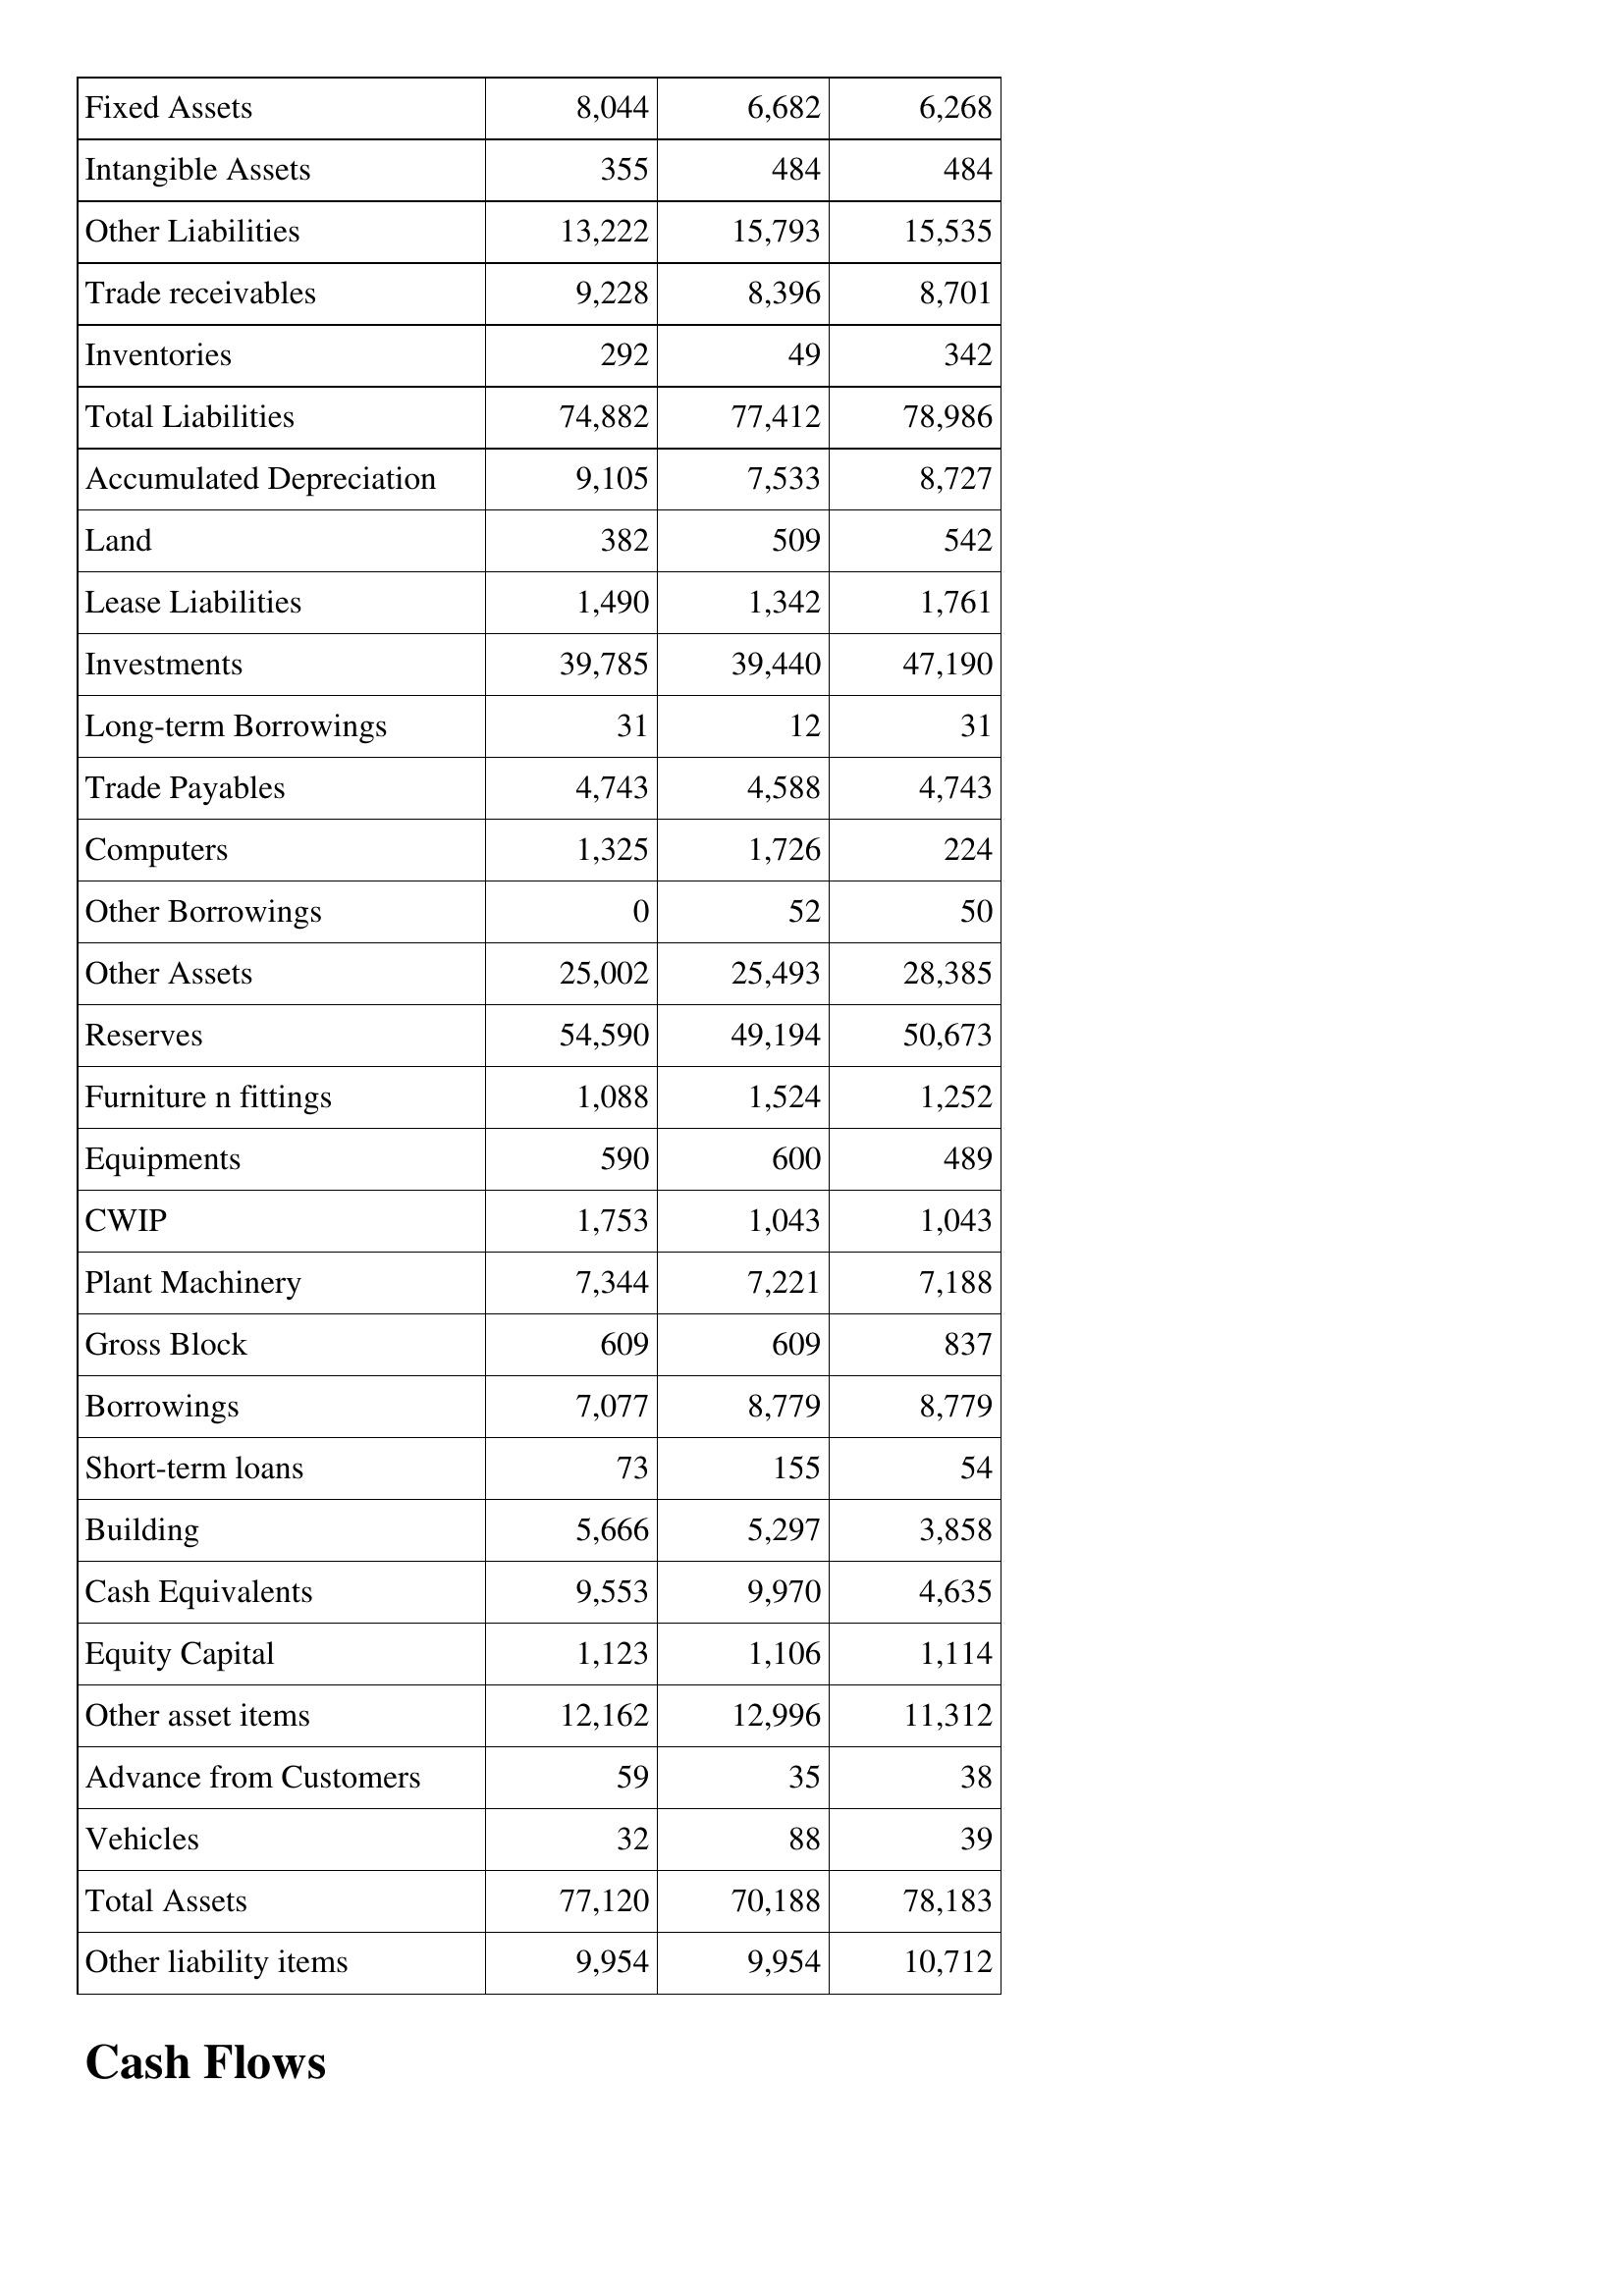
Nov-15: Balance Sheet: Fixed Assets: 8,044
Intangible Assets: 355
Other Liabilities: 13,222
Trade receivables: 9,228
Inventories: 292
Total Liabilities: 74,882
Accumulated Depreciation: 9,105
Land: 382
Lease Liabilities: 1,490
Investments: 39,785
Long-term Borrowings: 31
Trade Payables: 4,743
Computers: 1,325
Other Borrowings: 0
Other Assets: 25,002
Reserves: 54,590
Furniture n fittings: 1,088
Equipments: 590
CWIP: 1,753
Plant Machinery: 7,344
Gross Block: 609
Borrowings: 7,077
Short-term loans: 73
Building: 5,666
Cash Equivalents: 9,553
Equity Capital: 1,123
Other asset items: 12,162
Advance from Customers: 59
Vehicles: 32
Total Assets: 77,120
Other liability items: 9,954
Nov-14: Balance Sheet: Fixed Assets: 6,682
Intangible Assets: 484
Other Liabilities: 15,793
Trade receivables: 8,396
Inventories: 49
Total Liabilities: 77,412
Accumulated Depreciation: 7,533
Land: 509
Lease Liabilities: 1,342
Investments: 39,440
Long-term Borrowings: 12
Trade Payables: 4,588
Computers: 1,726
Other Borrowings: 52
Other Assets: 25,493
Reserves: 49,194
Furniture n fittings: 1,524
Equipments: 600
CWIP: 1,043
Plant Machinery: 7,221
Gross Block: 609
Borrowings: 8,779
Short-term loans: 155
Building: 5,297
Cash Equivalents: 9,970
Equity Capital: 1,106
Other asset items: 12,996
Advance from Customers: 35
Vehicles: 88
Total Assets: 70,188
Other liability items: 9,954
Nov-13: Balance Sheet: Fixed Assets: 6,268
Intangible Assets: 484
Other Liabilities: 15,535
Trade receivables: 8,701
Inventories: 342
Total Liabilities: 78,986
Accumulated Depreciation: 8,727
Land: 542
Lease Liabilities: 1,761
Investments: 47,190
Long-term Borrowings: 31
Trade Payables: 4,743
Computers: 224
Other Borrowings: 50
Other Assets: 28,385
Reserves: 50,673
Furniture n fittings: 1,252
Equipments: 489
CWIP: 1,043
Plant Machinery: 7,188
Gross Block: 837
Borrowings: 8,779
Short-term loans: 54
Building: 3,858
Cash Equivalents: 4,635
Equity Capital: 1,114
Other asset items: 11,312
Advance from Customers: 38
Vehicles: 39
Total Assets: 78,183
Other liability items: 10,712